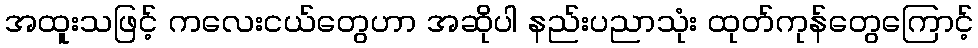
အထူးသဖြင့် ကလေးငယ်တွေဟာ အဆိုပါ နည်းပညာသုံး ထုတ်ကုန်တွေကြောင့်